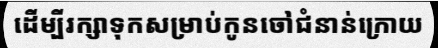
ដើម្បីរក្សាទុកសម្រាប់កូនចៅជំនាន់ក្រោយ